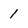
Character: 1